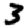
Digit: 3